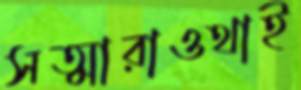
সত্মারাওথাই